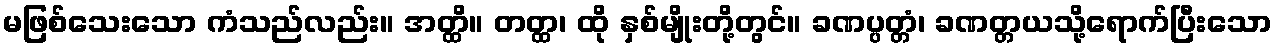
မဖြစ်သေးသော ကံသည်လည်း။ အတ္ထိ။ တတ္ထ၊ ထို နှစ်မျိုးတို့တွင်။ ခဏပ္ပတ္တံ၊ ခဏတ္တယသို့ရောက်ပြီးသော